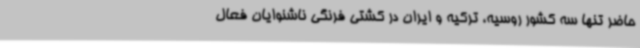
حاضر تنها سه کشور روسیه، ‌ترکیه و ایران در کشتی فرنگی ناشنوایان فعال